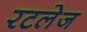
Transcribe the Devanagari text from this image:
रटलेज